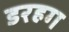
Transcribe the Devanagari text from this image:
डरहग